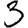
Digit: 3